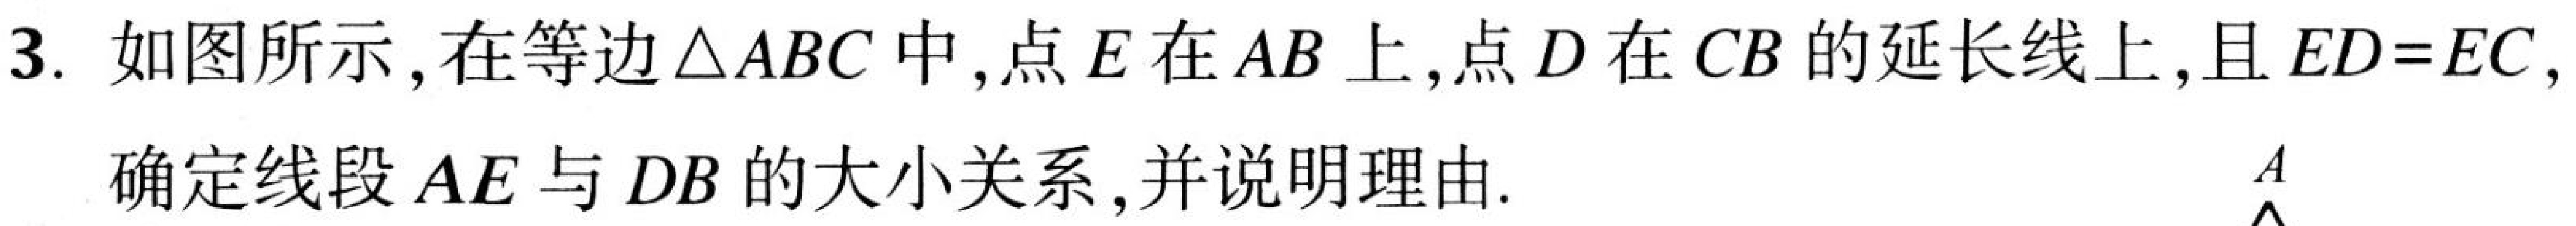
3. 如图所示, 在等边$\triangle ABC$中, 点$E$在$AB$上, 点$D$在$CB$的延长线上, 且$ED = EC,$
确定线段$AE$与$DB$的大小关系, 并说明理由.